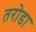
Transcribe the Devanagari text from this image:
तरोडा